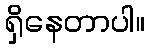
ရှိနေတာပါ။